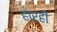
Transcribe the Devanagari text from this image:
हारही